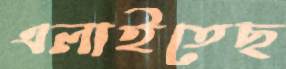
এলাইতেছ